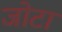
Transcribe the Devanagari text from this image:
जोटा